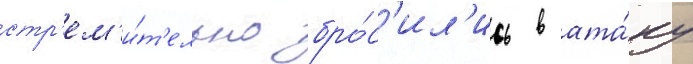
стр'ем'и́т'ельно бро́с'ил'ись в ата́ку